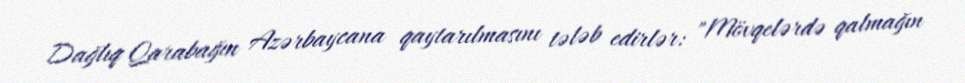
Dağlıq Qarabağın Azərbaycana qaytarılmasını tələb edirlər: "Mövqelərdə qalmağın